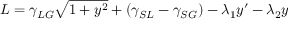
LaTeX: { \cal { L } } = \gamma _ { L G } { \sqrt { 1 + y ^ { 2 } } } + ( \gamma _ { S L } - \gamma _ { S G } ) - \lambda _ { 1 } y ^ { \prime } - \lambda _ { 2 } y